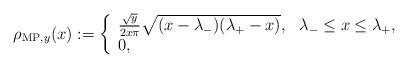
LaTeX: \begin{align*} \rho_{\mathrm{MP},y}(x) := \left\{\begin{array}{ll}\frac{\sqrt{y}}{2 x\pi} \sqrt{ (x - \lambda_-)(\lambda_+ - x) }, & \lambda_- \leq x \leq \lambda_+, \\0, & \end{array} \right. \end{align*}